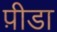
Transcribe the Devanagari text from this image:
प़ीडा